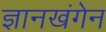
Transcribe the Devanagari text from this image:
ज्ञानखंगेन